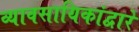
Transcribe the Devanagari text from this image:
व्यावसायिकांद्वारे